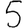
Digit: 5